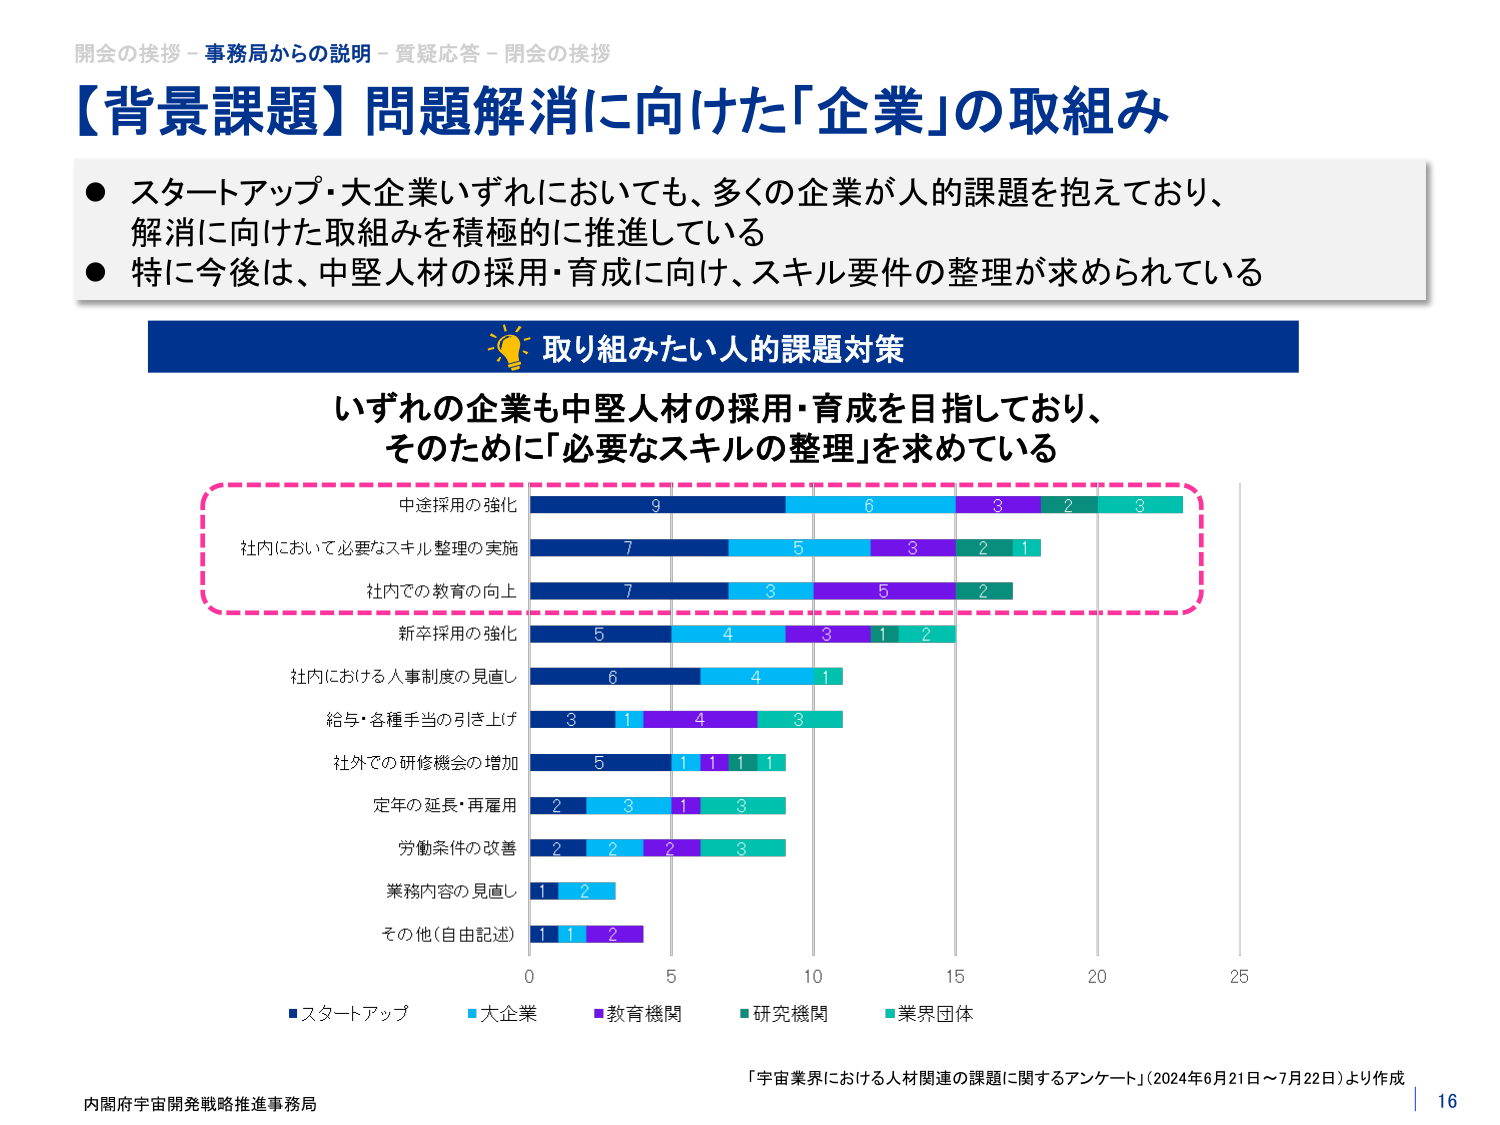
開会の挨拶－事務局からの説明－質疑応答－閉会の挨拶
【背景課題】問題解消に向けた「企業」の取組み
● スタートアップ・大企業いずれにおいても、多くの企業が人的課題を抱えており、
　解消に向けた取組みを積極的に推進している
● 特に今後は、中堅人材の採用・育成に向け、スキル要件の整理が求められている

取り組みたい人的課題対策
いずれの企業も中堅人材の採用・育成を目指しており、
そのために「必要なスキルの整理」を求めている

中途採用の強化　9　6　3　2　3
社内において必要なスキル整理の実施　7　5　3　2　1
社内での教育の向上　7　3　5　2
新卒採用の強化　5　4　3　1　2
社内における人事制度の見直し　6　4　1
給与・各種手当の引き上げ　3　1　4　3
社外での研修機会の増加　5　1　1　1　1
定年の延長・再雇用　2　3　1　3
労働条件の改善　2　2　2　3
業務内容の見直し　1　2
その他（自由記述）　1　1　2

■スタートアップ　■大企業　■教育機関　■研究機関　■業界団体

「宇宙業界における人材関連の課題に関するアンケート」（2024年6月21日～7月22日）より作成
内閣府宇宙開発戦略推進事務局
16